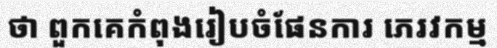
ថា ពួកគេកំពុងរៀបចំផែនការ ភេរវកម្ម